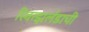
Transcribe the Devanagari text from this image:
स्वित्झर्लंडाची